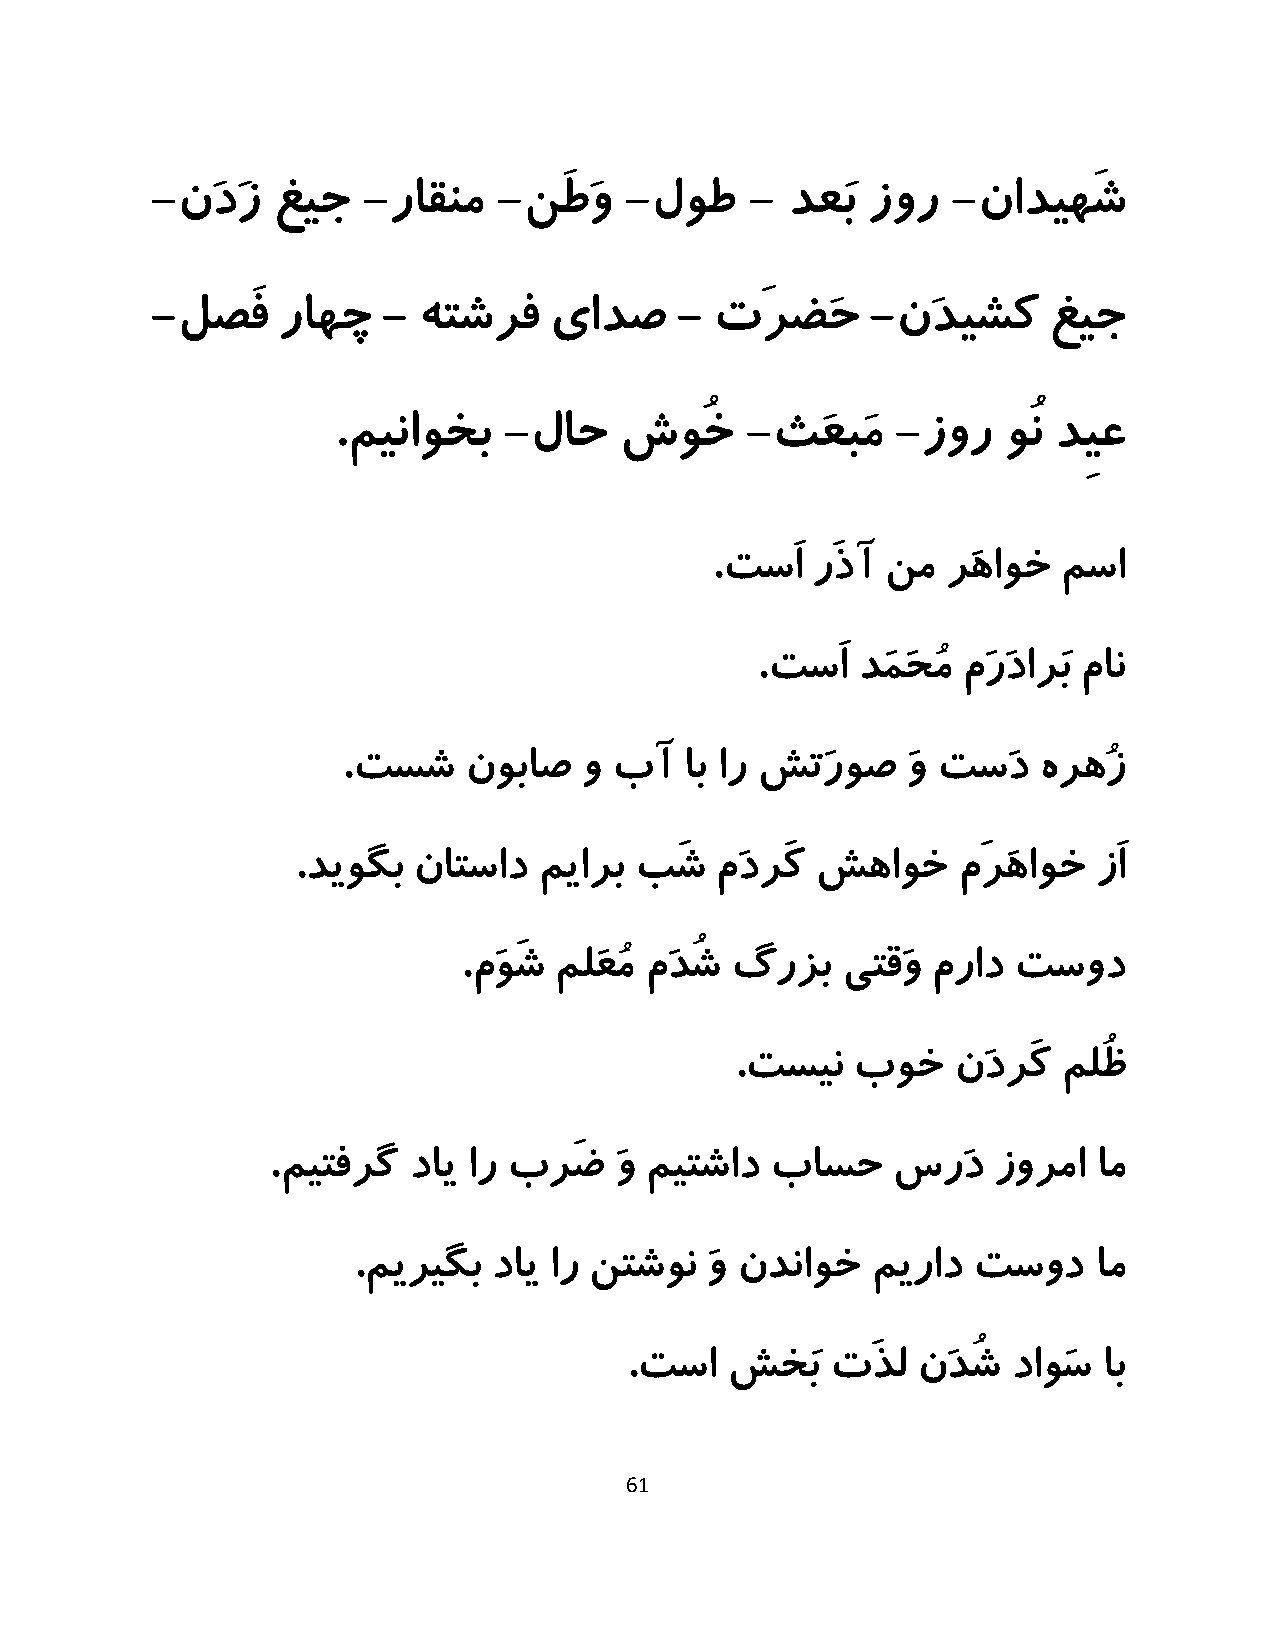
-نَدَز  غیج   -راقنم   -نَطَو  -لوط     - دعَب زور   -نادیهَش
 -لصَف   راهچ   -  هتشرف   یادص     - تَرضَح     -نَدیشک    غیج
 .میناوخب   -لاح    شوُخ    -ثَعبَم   -زور   وُن دِیع
 .تسَا  رَذآ نم  رَهاوخ مسا
 .تسَا  دَمَحُم مَرَدارَب مان
 .تسش    نوباص   و بآ  اب ار شتَروص   َو تسَد  هرهُز
 .دیوگب ناتساد   میارب بَش  مَدرَک شهاوخ    مَرَهاوخ  زَا
 .مَوَش ملَعُم مَدُش گرزب یتقَو مراد تسود
 .تسین   بوخ   نَدرَک ملُظ
 .میتفرگ  دای ار برَض   َو میتشاد باسح    سرَد   زورما  ام
 .میریگب   دای ار نتشون  َو ندناوخ  میراد تسود     ام
 .تسا  شخَب   تَذل  نَدُش داوَس اب
 61